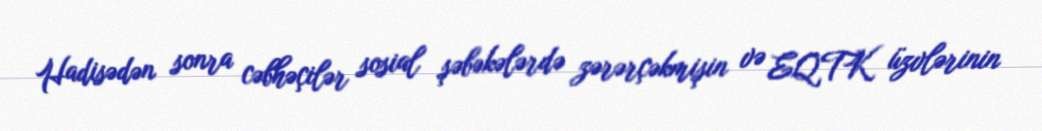
Hadisədən sonra cəbhəçilər sosial şəbəkələrdə zərərçəkmişin və EQTK üzvlərinin